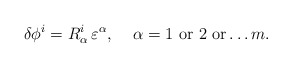
\begin{align*}\delta\phi^i=R^i_\alpha \,\varepsilon^\alpha,\;\;\;\;\alpha=1\,\,{\rm or}\,\, 2\,\, {\rm or}\ldots m.\end{align*}